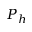
P _ { h }